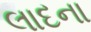
લાદના